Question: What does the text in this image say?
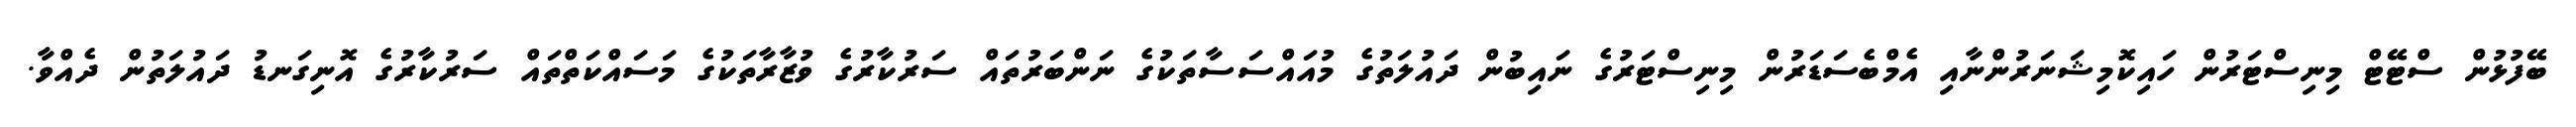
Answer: ބޭފުޅުން ސްޓޭޓް މިނިސްޓަރުން ހައިކޮމިޝަނަރުންނާއި އެމްބެސަޑަރުން މިނިސްޓަރުގެ ނައިބުން ދައުލަތުގެ މުއައްސަސާތަކުގެ ނަންބަރުތައް ސަރުކާރުގެ ވުޒާރާތަކުގެ މަސައްކަތްތައް ސަރުކާރުގެ އޮނިގަނޑު ދައުލަތުން ދެއްވާ.